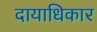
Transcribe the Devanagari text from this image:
दायाधिकार